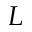
L